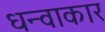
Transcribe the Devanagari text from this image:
धन्वाकार